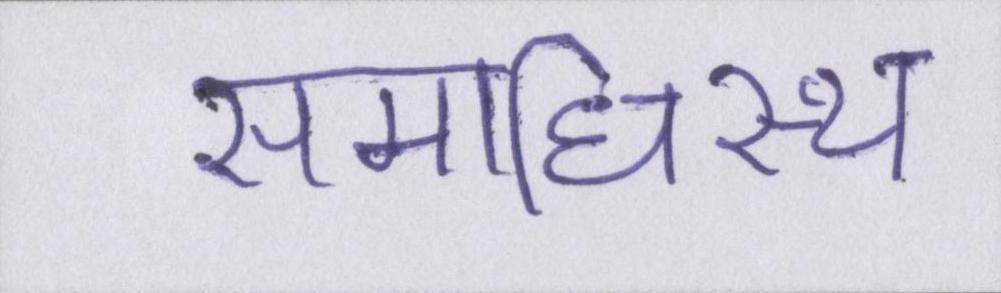
समाधिस्थ